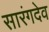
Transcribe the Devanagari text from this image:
सारंगदेव